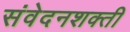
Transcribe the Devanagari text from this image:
संवेदनशक्ती